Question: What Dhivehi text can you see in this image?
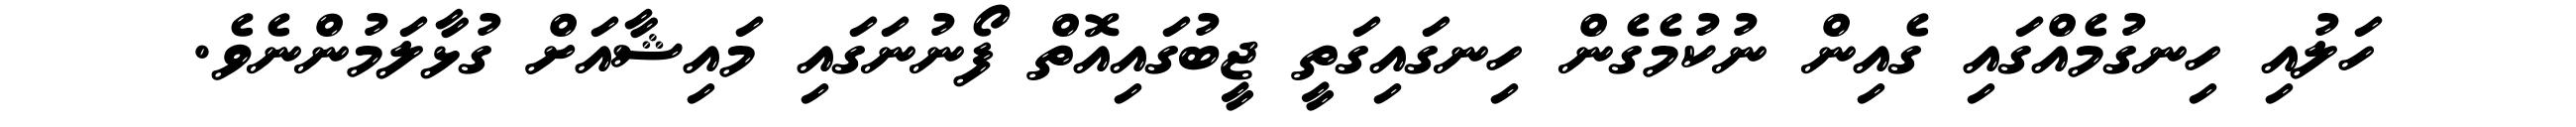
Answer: ހަލުއި ހިނގުމެއްގައި ގެއިން ނުކުމެގެން ހިނގައިގަތީ ޖީބުގައިއޮތް ފޯނުނަގައި މައިޝާއަށް ގުޅާލަމުންނެވެ.